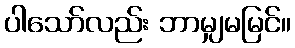
ပါသော်လည်း ဘာမျှမမြင်။